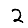
Digit: 2